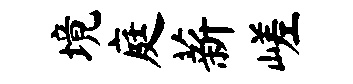
境庭薪嵯